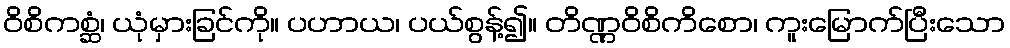
ဝိစိကစ္ဆံ၊ ယုံမှားခြင်ကို။ ပဟာယ၊ ပယ်စွန့်၍။ တိဏ္ဏဝိစိကိစော၊ ကူးမြောက်ပြီးသော